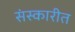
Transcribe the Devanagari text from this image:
संस्कारीत